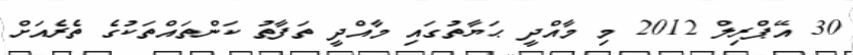
30 އޭޕްރިލް 2012 މި މާއްދީ ޙަޔާތުގައި މާއްދީ ތަފާތު ކަންތައްތަކުގެ ތެރެއަށް